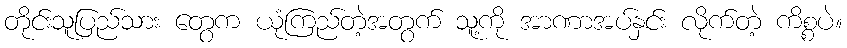
တိုင်းသူပြည်သား တွေက ယုံကြည်တဲ့အတွက် သူ့ကို အာဏာအပ်နှင်း လိုက်တဲ့ ကိစ္စပဲ။